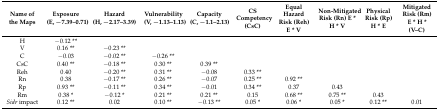
| Name of the Maps | Exposure (E, −7.39–0.71) | Hazard (H, −2.17–3.39) | Vulnerability (V, −1.13–1.13) | Capacity (C, −1.1–2.13) | CS Competency (CsC) | Equal Hazard Risk (Reh) E * V | Non-Mitigated Risk (Rn) E * H * V | Physical Risk (Rp) H * E | Mitigated Risk (Rm) E * H * (V–C) |
 | --- | --- | --- | --- | --- | --- | --- | --- | --- | --- |
 | H | −0.12 ** |  |  |  |  |  |  |  |  |
 | V | 0.16 ** | −0.23 ** |  |  |  |  |  |  |  |
 | C | −0.03 | −0.02 ** | −0.26 ** |  |  |  |  |  |  |
 | CsC | 0.40 ** | −0.18 ** | 0.30 ** | 0.39 ** |  |  |  |  |  |
 | Reh | 0.40 | −0.20 ** | 0.31 ** | −0.08 | 0.33 ** |  |  |  |  |
 | Rn | 0.38 | −0.17 ** | 0.26 ** | −0.07 | 0.25 ** | 0.92 ** |  |  |  |
 | Rp | 0.93 ** | −0.11 ** | 0.34 ** | −0.01 | 0.34 ** | 0.37 | 0.43 |  |  |
 | Rm | 0.38 * | −0.12 * | 0.21 ** | 0.21 ** | 0.15 | 0.68 ** | 0.75 ** | 0.43 |  |
 | Sidr impact | 0.12 ** | 0.02 | 0.10 ** | −0.13 ** | 0.05 * | 0.06 * | 0.05 * | 0.12 ** | 0.01 |